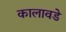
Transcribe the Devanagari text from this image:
कालावडे